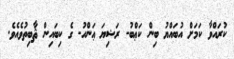
ކުރައްވާ ކަމަށް އުބައްޔު ބިން ކަޢްބު- ރަޟިޔަ ޢަންހު- ގެ ކިބައިން ޘާބިތުވެއެވެ.